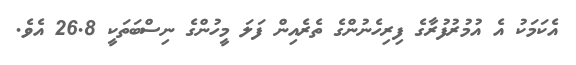
އެކަމަކު އެ އުމުރުފުރާގެ ފިރިހެނުންގެ ތެރެއިން ފަލަ މީހުންގެ ނިސްބަތަކީ 26.8 އެވެ.